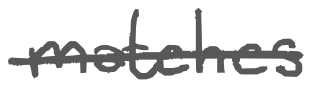
Text: matches
Cross-out: mix
Writing tool: digital_gray